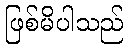
ဖြစ်မိပါသည်